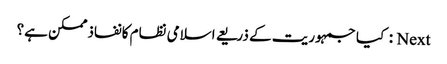
Next : کیا جمہوریت کے ذریعے اسلامی نظام کانفاذممکن ہے؟